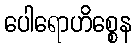
ပေါရောဟိစ္စေန